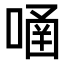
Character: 𠹄